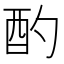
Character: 酌